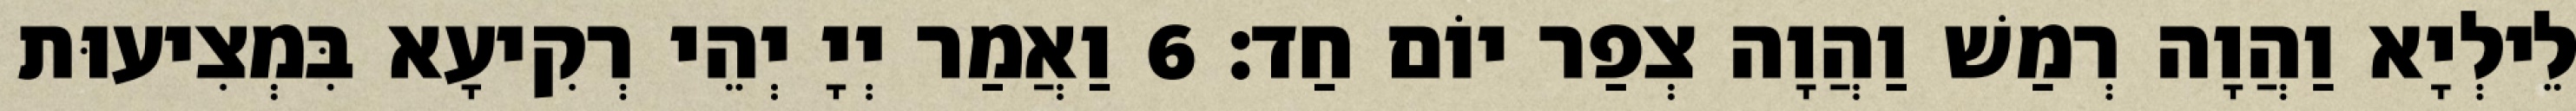
לֵילְיָא וַהֲוָה רְמַשׁ וַהֲוָה צְפַר יוֹם חַד׃ 6 וַאֲמַר יְיָ יְהֵי רְקִיעָא בִּמְצִיעוּת